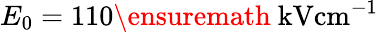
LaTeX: E_{0}=110\ensuremath{~\mathrm{kV}\mathrm{cm}^{-1}}